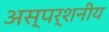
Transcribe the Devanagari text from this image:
अस्पर्शनीय